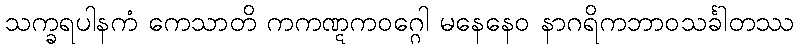
သက္ခရပါနကံ ကေသာတိ ကကဏ္ဋကဝဂ္ဂေါ မနေနေဝ နာဂရိကဘာဝသင်္ခါတဿ